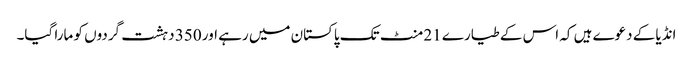
انڈیا کے دعوے ہیں کہ اس کے طیارے 21 منٹ تک پاکستان میں رہے اور 350 دہشت گردوں کو مارا گیا۔